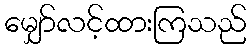
မျှော်လင့်ထားကြသည်